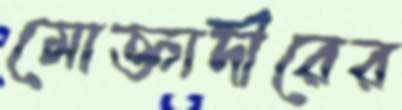
মোক্তাদীরের